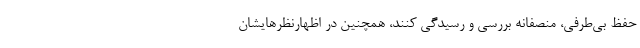
حفظ بی‌طرفی، منصفانه بررسی و رسیدگی کنند، همچنین در اظهارنظرهایشان